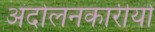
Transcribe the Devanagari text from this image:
अंदोलनकारीयों